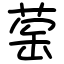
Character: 䓨